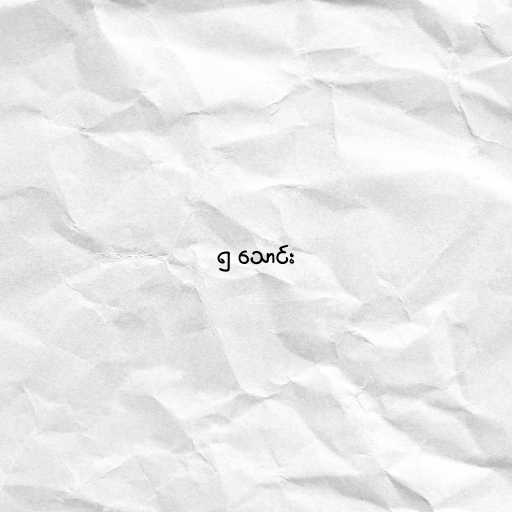
၅ သောင်း